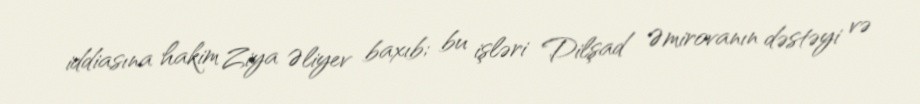
iddiasına hakim Ziya Əliyev baxıb; bu işləri Dilşad Əmirovanın dəstəyi və